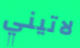
لاتيني